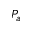
P _ { a }